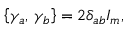
\left\{ \gamma _ { a } , \, \gamma _ { b } \right\} = 2 \delta _ { a b } I _ { m } ,